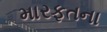
મારફતના